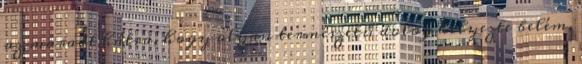
az maradt hátra, hogy olyan természetű dolog helyezte belém,